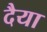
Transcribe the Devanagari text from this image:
दैया